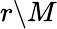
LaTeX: r\backslash M